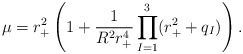
\begin{align*}\mu = r_+^2 \left (1+\frac{1}{R^2 r_+^4} \prod _{I=1}^3 (r_+^2 + q_I) \right).\end{align*}